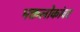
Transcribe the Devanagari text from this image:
भक्तलोकांवर